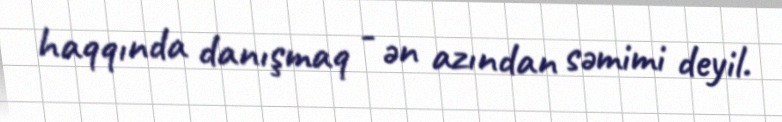
haqqında danışmaq - ən azından səmimi deyil.